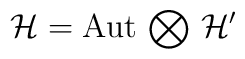
\mathcal{H} =\mathrm{Aut} \, \bigotimes \, \mathcal{H}^\prime